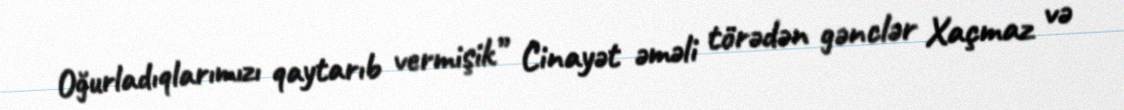
Oğurladıqlarımızı qaytarıb vermişik” Cinayət əməli törədən gənclər Xaçmaz və